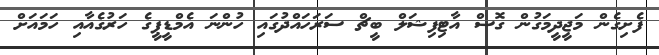
ފެށިގެން މަޖީދީމަގުން ގޮސް އާޓިފިޝަލް ބީޗް ސަރަހައްދުގައި ހުންނަ އެމްޑީޕީގެ ހަރުގެއާއި ހަމައަށް